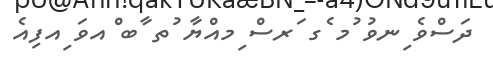
ދަސްވެ ިނވު ުމ ެގ ަރސް ިމއްޔާ ުތ ާބ ްއވަ ިއފިއެ